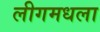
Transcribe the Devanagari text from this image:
लीगमधला